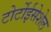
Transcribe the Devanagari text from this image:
टोर्टोईसेशेल